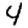
Digit: 4